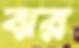
ঝর